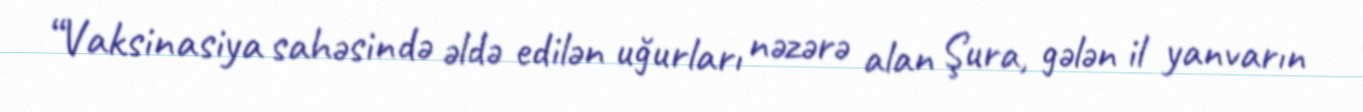
“Vaksinasiya sahəsində əldə edilən uğurları nəzərə alan Şura, gələn il yanvarın